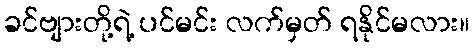
ခင်ဗျားတို့ရဲ့ ပင်မင်း လက်မှတ် ရနိုင်မလား။